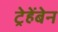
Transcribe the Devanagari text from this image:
ट्रेहेंबेन